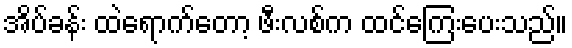
အိပ်ခန်း ထဲရောက်တော့ ဖီးလစ်က ထင်ကြေးပေးသည်။